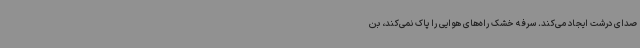
صدای درشت ایجاد می‌کند. سرفه خشک راه‌های هوایی را پاک نمی‌کند، بن